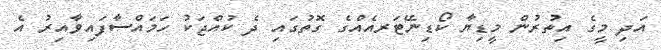
އަދި މީގެ އިތުރުން މީޑިޔާ ކޯޑިނޭޓަރއެއްގެ ގޮތުގައި ދެ ކުއްޖަކު ހަމައްސާފައިވާއިރު އެ